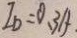
I _ { D } = 0 . 3 A .